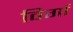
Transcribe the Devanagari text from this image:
विर्गा